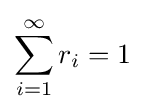
\sum _{i=1}^{\infty }r_{i}=1